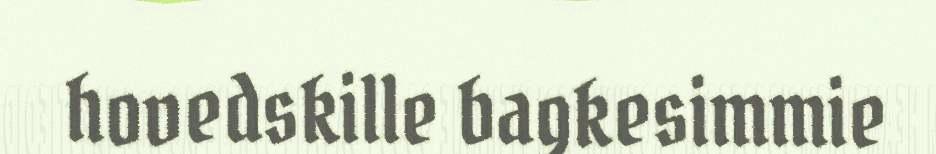
hovedskille bagkesimmie